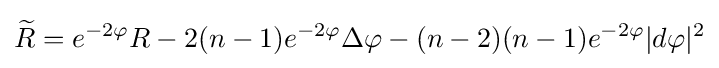
{\widetilde {R}}=e^{-2\varphi }R-2(n-1)e^{-2\varphi }\Delta \varphi -(n-2)(n-1)e^{-2\varphi }|d\varphi |^{2}